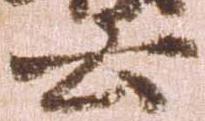
云